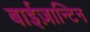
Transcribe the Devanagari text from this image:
बाईज़ान्टिन